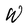
Character: W